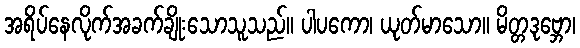
အရိပ်နေလိုက်အခက်ချိုးသောသူသည်။ ပါပကော၊ ယုတ်မာသော။ မိတ္တဒုဗ္ဘော၊